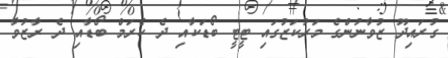
ގުރައިދޫ ޒުވާނުންގެ މަރުކަޒުގައި ޓީޓީ ބޯޑަކާއި ދެ ކެރަމް ބޯޑާއި ދެ ރާޒުވާ